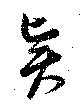
賢